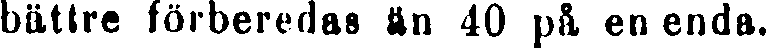
bättre förberedas ön 40 på en enda.